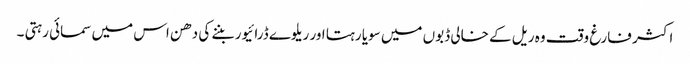
اکثر فارغ وقت وہ ریل کے خالی ڈبوں میں سویا رہتا اور ریلوے ڈرائیور بننے کی دھن اس میں سمائی رہتی ۔